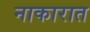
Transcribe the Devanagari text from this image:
नाकारात